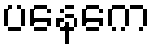
ပနေကေ